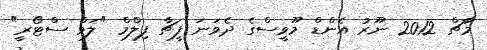
މާޗް 2012 ނޫރު އެންޑް މޫވީސްގެ ދެވަނަ ފީޗާ ފިލްމް "ލަވް ސްޓޯރީ"